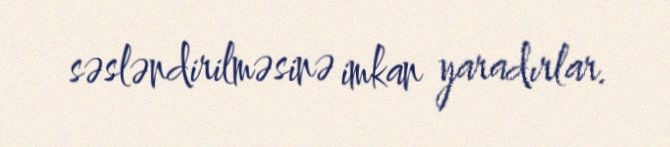
səsləndirilməsinə imkan yaradırlar.